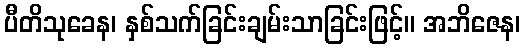
ပီတိသုခေန၊ နှစ်သက်ခြင်းချမ်းသာခြင်းဖြင့်။ အဘိဇေန၊